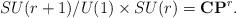
LaTeX: \begin{align*}SU(r+1)/U(1)\times SU(r)=\mathbf{CP}^r. \end{align*}